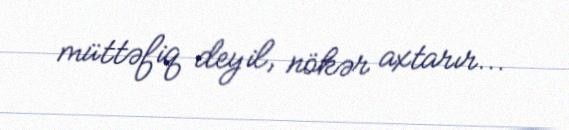
müttəfiq deyil, nökər axtarır...